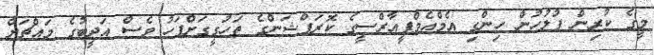
މީގެ ކުރިން ފުލުހުން ހިންގި އެމްއެމްޕީއާރްސީގެ ކޮރަޕްޝަންގެ ތަހުގީގަށްފަހު ވެސް އަދީބުގެ މައްޗަށް